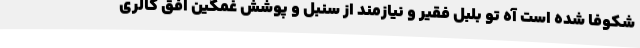
شکوفا شده است آه تو بلبل فقیر و نیازمند از سنبل و پوشش غمگین افق گالری